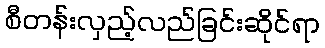
စီတန်းလှည့်လည်ခြင်းဆိုင်ရာ